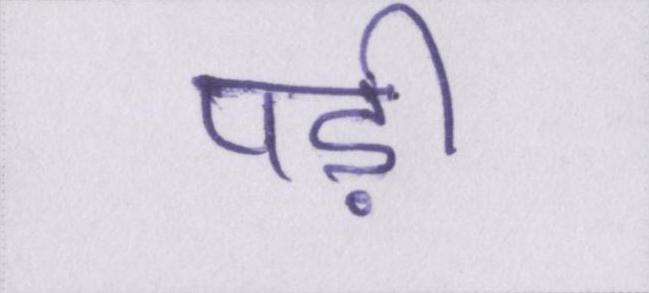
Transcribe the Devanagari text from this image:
पड़ी।